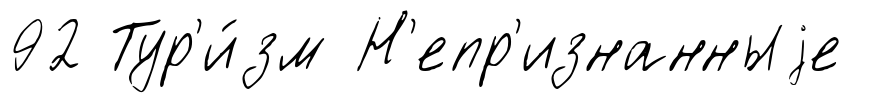
92 Тур'и́зм Н'епр'изнанныjе